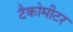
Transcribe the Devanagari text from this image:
टैकोमीटर